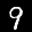
Label: 9